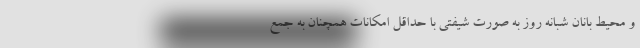
و محیط بانان شبانه روز به صورت شیفتی با حداقل امکانات همچنان به جمع